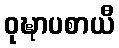
ဝုဍ္ဎာပစာယီ